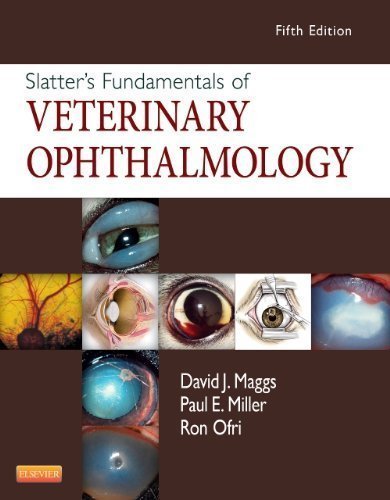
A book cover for Slatter's Fundamentals of Veterinary Ophthalmology, 5e 5th (fifth) Edition by Maggs BVSc(Hons) DAVCO, David, Miller DVM DACVO, Paul, Ofr (2012); Medical Books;